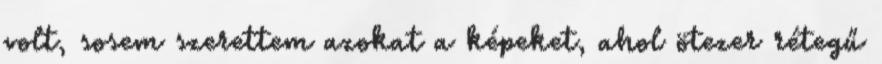
volt, sosem szerettem azokat a képeket, ahol ötezer rétegű